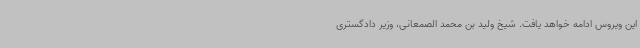
این ویروس ادامه خواهد یافت. شیخ ولید بن محمد الصمعانی، وزیر دادگستری